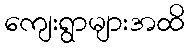
ကျေးရွာများအထိ